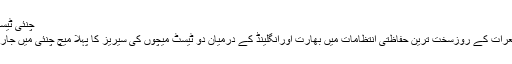
چنئی ٹیسٹ میچ
آج جمعرات کے روزسخت ترین حفاظتی انتظامات میں بھارت اورانگلینڈ کے درمیان دو ٹیسٹ میچوں کی سیریز کا پہلا میچ چنئی میں جاری ہے۔